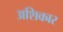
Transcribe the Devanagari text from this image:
अशिकार